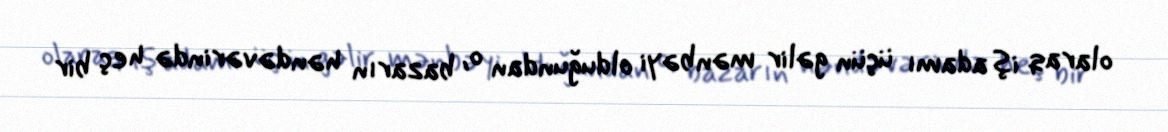
olaraq iş adamı üçün gəlir mənbəyi olduğundan o, bazarın həndəvərində heç bir